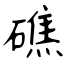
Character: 礁